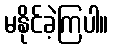
မနိုင်ခဲ့ကြပါ။